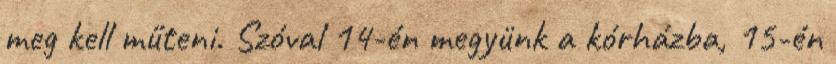
meg kell műteni. Szóval 14-én megyünk a kórházba, 15-én